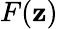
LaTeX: F(\mathbf{z})